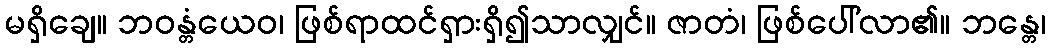
မရှိချေ။ ဘဝန္တံယေဝ၊ ဖြစ်ရာထင်ရှားရှိ၍သာလျှင်။ ဇာတံ၊ ဖြစ်ပေါ်လာ၏။ ဘန္တေ၊